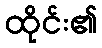
ထိုင်း၏